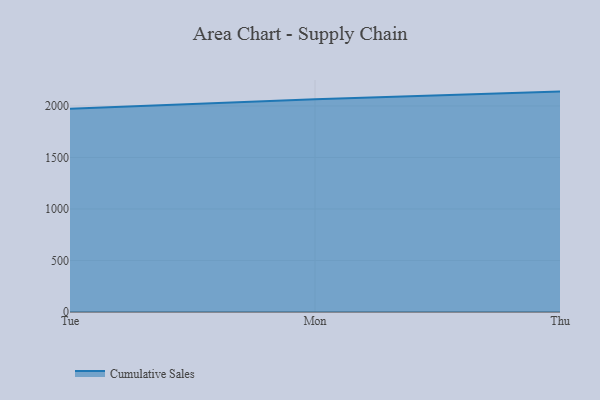
{"axis": {"x": "Day", "y": "Operating Costs (USD K)"}, "legend": ["Cumulative Sales"], "data": [{"x": "Tue", "y": 1973.1, "type": "Cumulative Sales"}, {"x": "Mon", "y": 2064.7, "type": "Cumulative Sales"}, {"x": "Thu", "y": 2139.6, "type": "Cumulative Sales"}]}